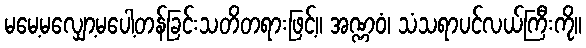
မမေ့မလျှော့မပေါ့တန်ခြင်းသတိတရားဖြင့်။ အဏ္ဏဝံ၊ သံသရာပင်လယ်ကြီးကို။